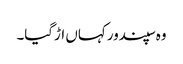
وہ سپندور کہاں اڑگیا۔